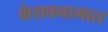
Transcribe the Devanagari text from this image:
केशवनामात